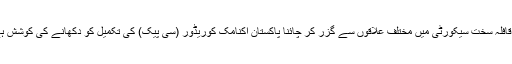
یہ قافلہ سخت سیکورٹی میں مختلف علاقوں سے گزر کر چائنا پاکستان اکنامک کوریڈور (سی پیک) کی تکمیل کو دکھانے کی کوشش ہے۔